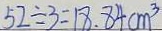
5 2 \div 3 = 1 8 . 8 4 c m ^ { 3 }